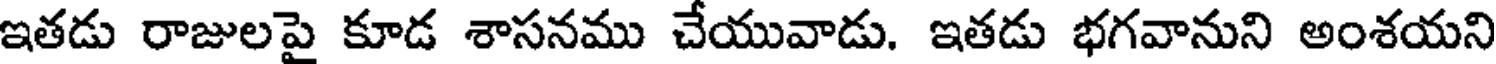
ఇతడు రాజులపై కూడ శాసనము చేయువాడు. ఇతడు భగవానుని అంశయని